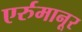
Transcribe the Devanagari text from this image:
एर्रुमानूर